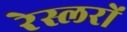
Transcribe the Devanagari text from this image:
रेस्लरों